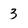
Character: 3